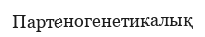
Партеногенетикалық